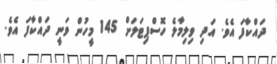
ދައްކާފަ އެވެ. އަދި ވިލިމާލެ ހޮސްޕިޓަލަށް 145 މީހުން ވަނީ ދައްކާފަ އެވެ.